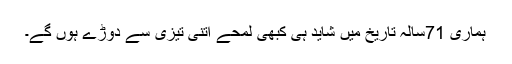
ہماری 71سالہ تاریخ میں شاید ہی کبھی لمحے اتنی تیزی سے دوڑے ہوں گے۔